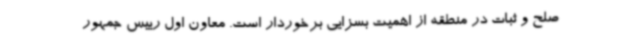
صلح و ثبات در منطقه از اهمیت بسزایی برخوردار است. معاون اول رییس جمهور